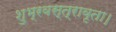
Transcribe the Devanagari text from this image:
शुभ्रवस्त्रावृता।